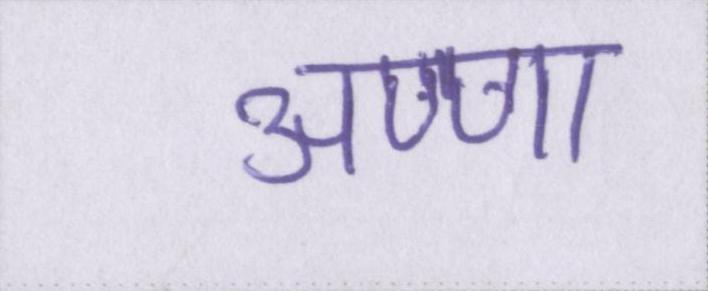
अण्णा